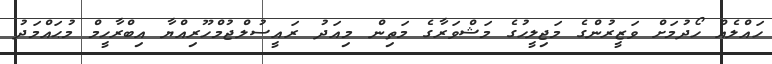
ހައްލެއް ހޯދުމަށް ވަޒީރުންގެ މަޖިލީހުގެ މަޝްވަރާގެ މަތިން މިއަދު ރައީސުލްޖުމްހޫރިއްޔާ އިބްރާހީމް މުޙައްމަދު